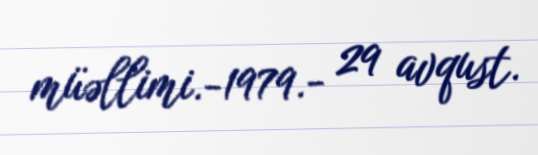
müəllimi.-1979.- 29 avqust.